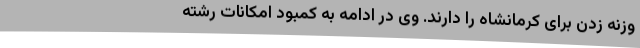
وزنه زدن برای کرمانشاه را دارند. وی در ادامه به کمبود امکانات رشته